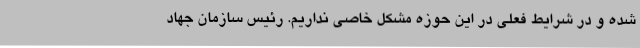
شده و در شرایط فعلی در این حوزه مشکل خاصی نداریم. رئیس سازمان جهاد